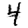
Digit: 4